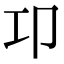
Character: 卭